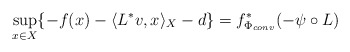
\begin{align*}\sup\limits_{x\in X}\{-f(x)- \langle L^* v,x\rangle_X -d \} = f^*_{\Phi_{conv}} (-\psi\circ L)\end{align*}